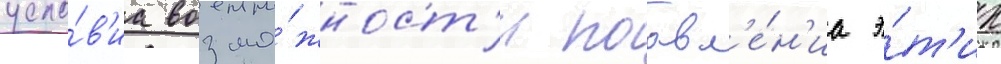
усло́в'иа возмо́жност'и поавл'е́н'иа э́т'их